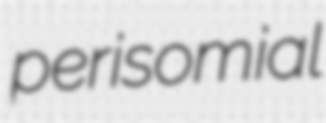
perisomial